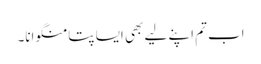
اب تم اپنے لیے بھی ایسا پتا منگوانا۔